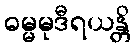
ဓမ္မမုဒီရယန္တိ